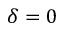
\delta = 0